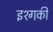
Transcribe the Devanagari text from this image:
इश्गकी